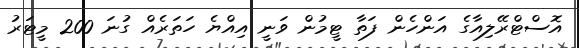
އޮސްޓްރޭލިއާގެ އަންހެން ފަތާ ޓީމުން ވަނީ އިއްޔެ ހަތަރެއް ގުނަ 200 މީޓަރު